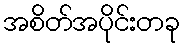
အစိတ်အပိုင်းတခု